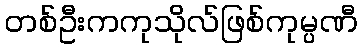
တစ်ဦးကကုသိုလ်ဖြစ်ကုမ္ပဏီ